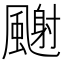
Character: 𩘧